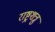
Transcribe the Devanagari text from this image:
राष्ट्रशत्रु